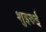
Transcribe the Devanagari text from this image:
शुइरुई